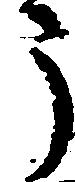
う